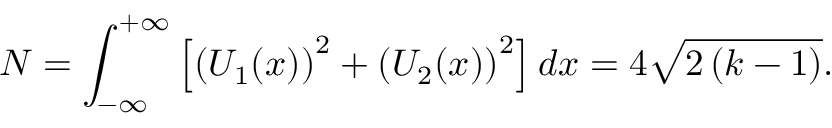
N = \int _ { - \infty } ^ { + \infty } \left[ \left( U _ { 1 } ( x ) \right) ^ { 2 } + \left( U _ { 2 } ( x ) \right) ^ { 2 } \right] d x = 4 \sqrt { 2 \left( k - 1 \right) } .